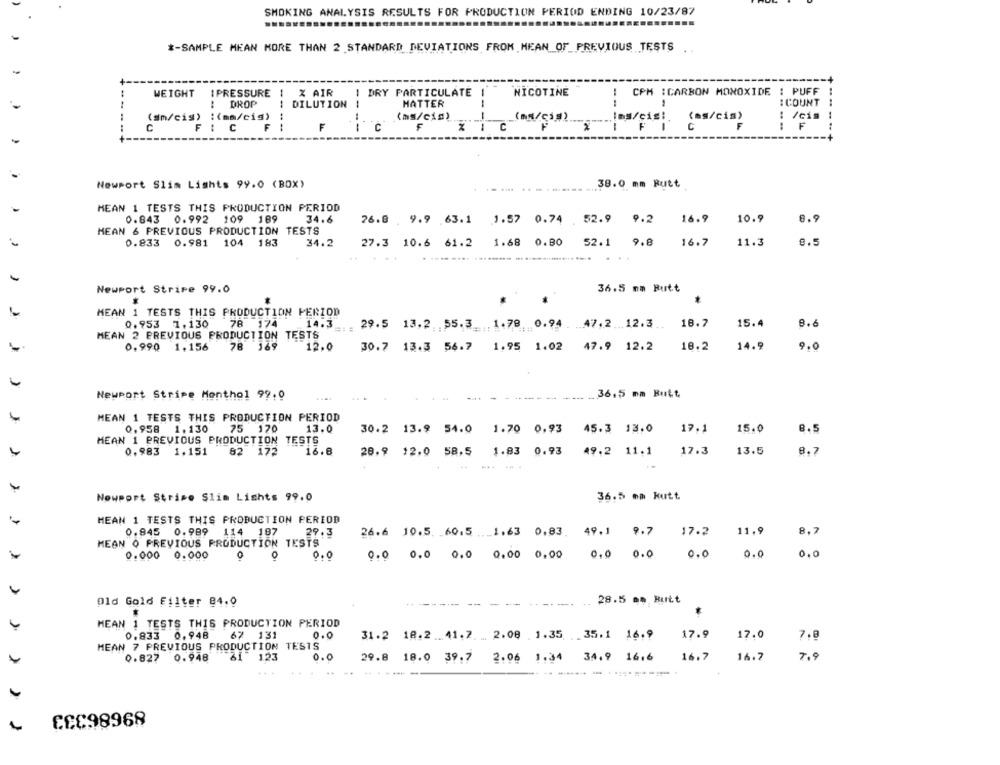
SMOKING ANALYSIS RESULTS FOR PRODUCTION PERIOD ENDING 10/23/87
*- SAMPLE MEAN MORE THAN 2 STANDARD DEVIATIONS FROM MEAN_OF_PREVIOUS TESTS
WEIGHT
IPRESSURE !
X AIR
I DRY PARTICULATE
NICOTINE
CPM : CARBON MONOXIDE : PUFF
DROP
DILUTION
HATTER
--
: COUNT
..
(sn/cis) :(ma/cis)
(ms/c1s)
(ms/514)Ins/cis: (as/cis)
: /cis
C
F
-----
---
C
IN
F
Newport Slim Lights 99.0 (BOX)
.. 38.0 mm Rutt
MEAN 1 TESTS THIS PRODUCTION PERIOD
0.843 0.992 109 189
34.6
76.8 . 9.9 63.1 1.57 0.74 52.9 9.2
16.9
10.9
8.9
MEAN 6 PREVIOUS PRODUCTION TESTS
0.833
0.981 104 183
34.2
27.3 10.6
61.2 1.68 0.80 52.1 9.8
16.7
11.3
9.5
Newport Stripe 99.0
36.5 nm Rutt
MEAN 1 TESTS THIS PRODUCTION PERIOD
0.953 1.130
78 174
14.3
29.5 13.2 .55.3
... 1.78. 0.94 ... 47.2 ... 12.3 .. 18.7
15.4
8.6
MEAN 2 PREVIOUS PRODUCTION TESTS
14.9
9.0
0.990 1,156
78 169
12,0
30.7 13.3 56.7 1,95 1.02 47.9 12.2
18.2
Newport Stripe Monthol 92.0
.36.5 mm Butt
MEAN 1 TESTS THIS PRODUCTION PERIOD
0,958
1.130
75 170
13.0
30.2 13.9 54.0 1.70 0.93
45.3 13.0
17.1
15.0
8.5
MEAN 1 PREVIOUS PRODUCTION TESTS
0,983
1.151
82
172
16.8
28.9 12.0 58.5
1.83 0.93
49.2 11.1
17.3
13.5
8.7
.. .
Nowport Stripe Slim Lights 99.0
36.5 mm kutt
MEAN 1 TESTS THIS PRODUCTION PERIOD
0.845 0.989 114 187
29.3
26.6 10.5. 60.5 .1.63 0.83. 49.1 9.7
17.2
11.9
8.7
MEAN Q PREVIOUS PRODUCTION TESTS
0.000 0.000
0
0.0
0.0 0.0 0.0 0.00 0.00
0.0
0.0
0.0
0.0
0.0
Old Gold Filter 84.0
28.5 .. Butt
MEAN 1 TESTS THIS PRODUCTION PERIOD
0.833
0.948
67 131
0.0
31.2 18.2 .41.2. . 2.08 1.35 35.1 16.9
17.9
17.0
7.8
MEAN 7 PREVIOUS PRODUCTION TESTS
0.827
0.948
123
0.0
29.8
16.6
16.7
16.7
7,9
18.0 39.7 2.06 1.34 34,9
---
CCC98968